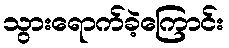
သွားရောက်ခဲ့ကြောင်း